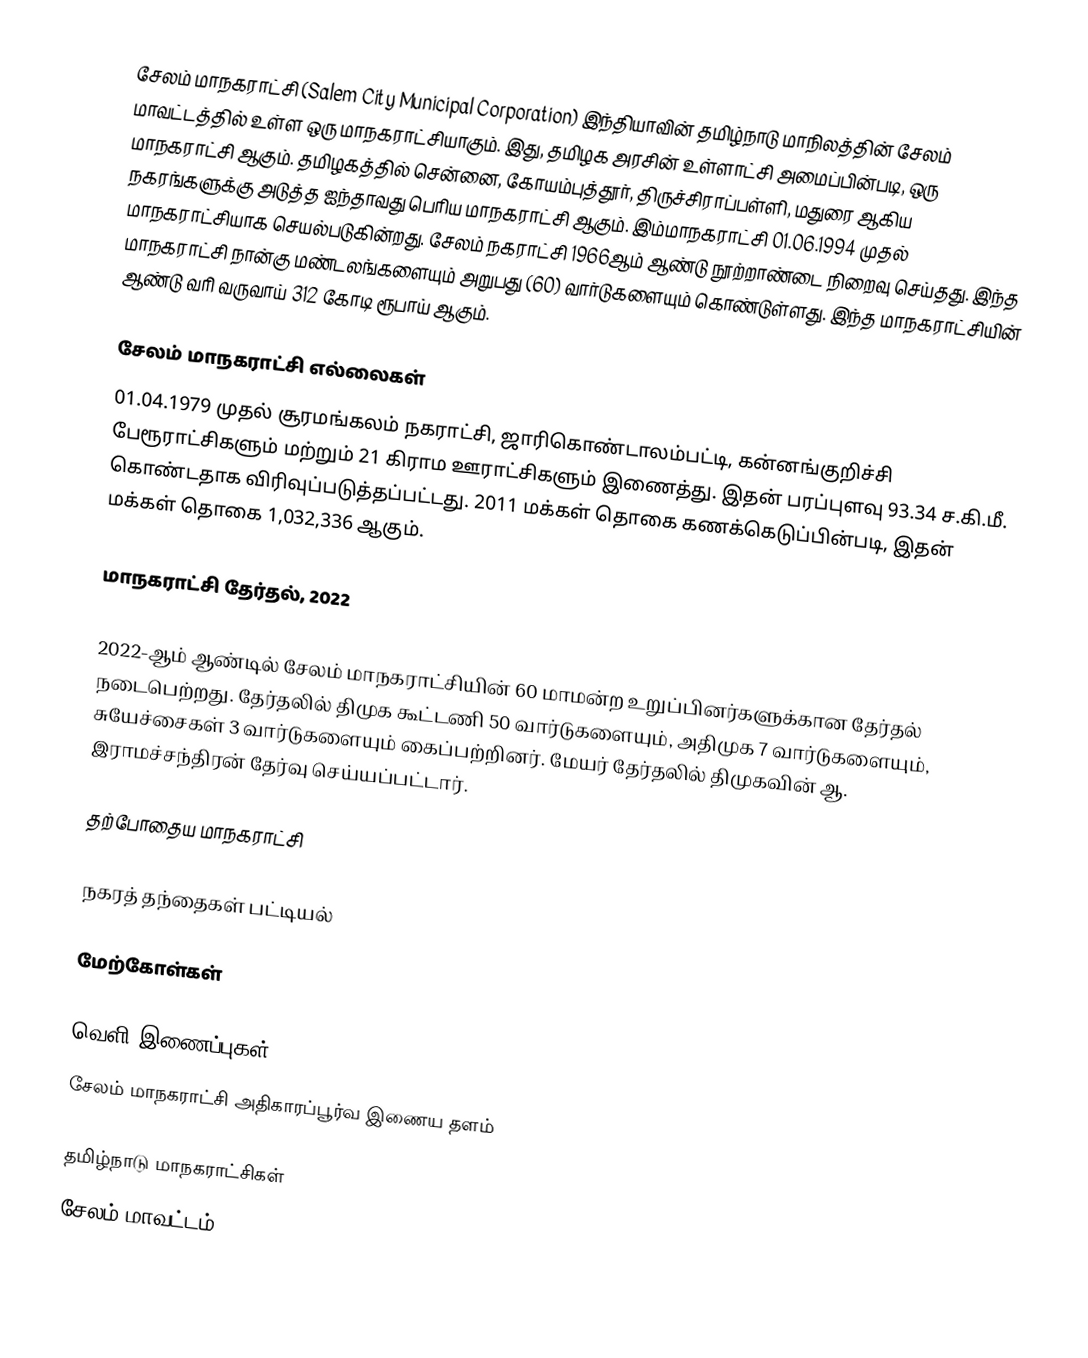
சேலம் மாநகராட்சி (Salem City Municipal Corporation) இந்தியாவின் தமிழ்நாடு மாநிலத்தின் சேலம் மாவட்டத்தில் உள்ள ஒரு மாநகராட்சியாகும். இது, தமிழக அரசின் உள்ளாட்சி அமைப்பின்படி, ஒரு மாநகராட்சி ஆகும். தமிழகத்தில் சென்னை, கோயம்புத்தூர், திருச்சிராப்பள்ளி, மதுரை ஆகிய நகரங்களுக்கு அடுத்த ஐந்தாவது பெரிய மாநகராட்சி ஆகும். இம்மாநகராட்சி 01.06.1994 முதல் மாநகராட்சியாக செயல்படுகின்றது. சேலம் நகராட்சி 1966ஆம் ஆண்டு நூற்றாண்டை நிறைவு செய்தது. இந்த மாநகராட்சி நான்கு மண்டலங்களையும் அறுபது (60) வார்டுகளையும் கொண்டுள்ளது. இந்த மாநகராட்சியின் ஆண்டு வரி வருவாய் 312 கோடி ரூபாய் ஆகும்.

சேலம் மாநகராட்சி எல்லைகள்
01.04.1979 முதல் சூரமங்கலம் நகராட்சி, ஜாரிகொண்டாலம்பட்டி, கன்னங்குறிச்சி பேரூராட்சிகளும் மற்றும் 21 கிராம ஊராட்சிகளும் இணைத்து. இதன் பரப்புளவு 93.34 ச.கி.மீ. கொண்டதாக விரிவுப்படுத்தப்பட்டது. 2011 மக்கள் தொகை கணக்கெடுப்பின்படி, இதன் மக்கள் தொகை 1,032,336 ஆகும்.

மாநகராட்சி தேர்தல், 2022

2022-ஆம் ஆண்டில்  சேலம் மாநகராட்சியின் 60 மாமன்ற உறுப்பினர்களுக்கான தேர்தல் நடைபெற்றது. தேர்தலில் திமுக கூட்டணி 50 வார்டுகளையும், அதிமுக 7 வார்டுகளையும், சுயேச்சைகள் 3 வார்டுகளையும் கைப்பற்றினர்.  மேயர்  தேர்தலில் திமுகவின் ஆ. இராமச்சந்திரன்  தேர்வு செய்யப்பட்டார்.

தற்போதைய மாநகராட்சி

நகரத் தந்தைகள் பட்டியல்

மேற்கோள்கள்

வெளி இணைப்புகள்
 சேலம் மாநகராட்சி அதிகாரப்பூர்வ இணைய தளம்

தமிழ்நாடு மாநகராட்சிகள்
சேலம் மாவட்டம்